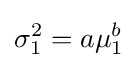
\sigma _{1}^{2}=a\mu _{1}^{b}